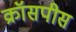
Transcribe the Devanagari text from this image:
क्रॉसपीस